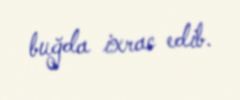
buğda ixrac edib.